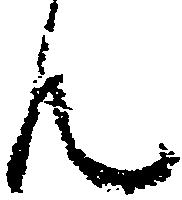
ん